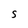
Character: S